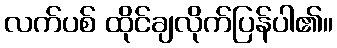
လက်ပစ် ထိုင်ချလိုက်ပြန်ပါ၏။